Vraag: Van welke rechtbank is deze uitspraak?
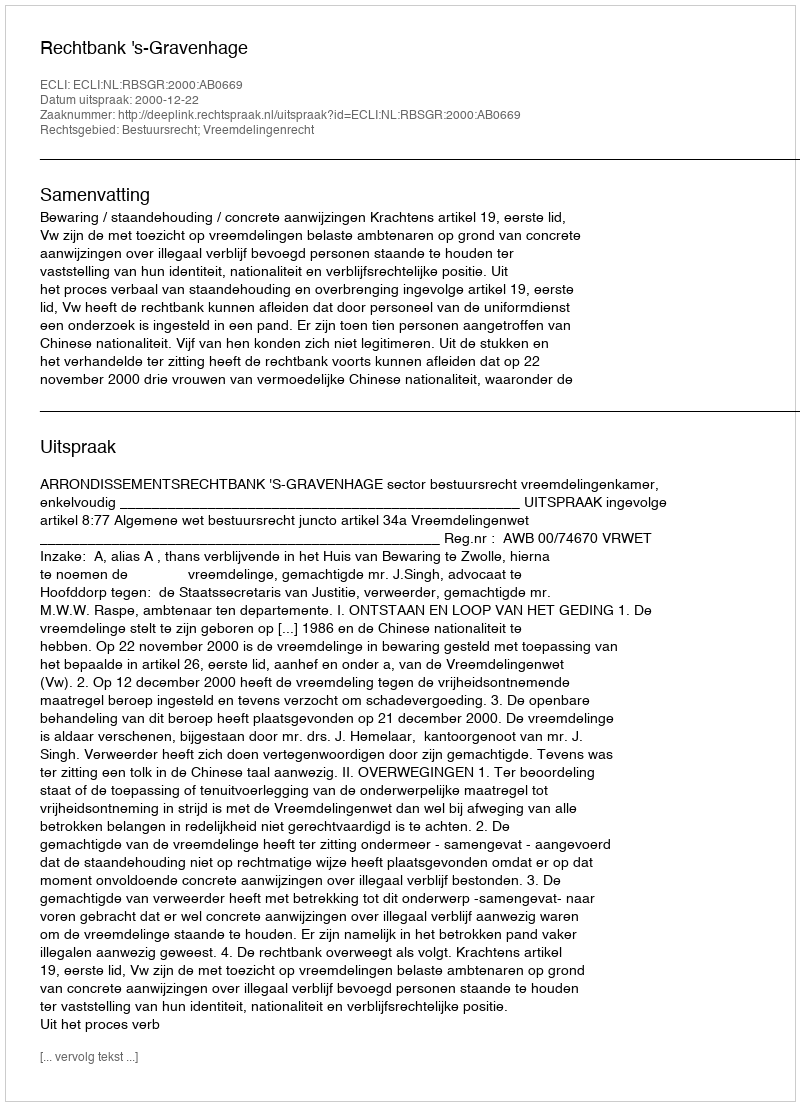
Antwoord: Rechtbank 's-Gravenhage